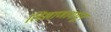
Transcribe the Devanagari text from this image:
लिखाणांमधून